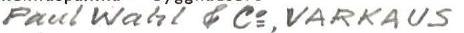
Paul Wahl & Co, VARKAUS